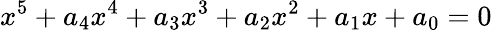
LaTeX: x^{5}+a_{4}x^{4}+a_{3}x^{3}+a_{2}x^{2}+a_{1}x+a_{0}=0